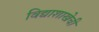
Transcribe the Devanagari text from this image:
विद्याशाखेची